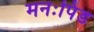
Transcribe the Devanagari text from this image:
मनःपिंड